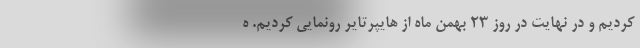
کردیم و در نهایت در روز ۲۳ بهمن ماه از هایپرتایر رونمایی کردیم. ه